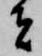
者